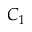
C _ { 1 }